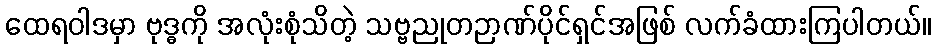
ထေရဝါဒမှာ ဗုဒ္ဓကို အလုံးစုံသိတဲ့ သဗ္ဗညုတဉာဏ်ပိုင်ရှင်အဖြစ် လက်ခံထားကြပါတယ်။